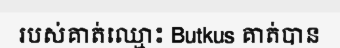
របស់គាត់ឈ្មោះ Butkus គាត់បាន